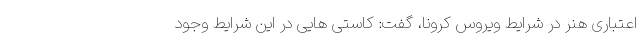
اعتباری هنر در شرایط ویروس کرونا، گفت: کاستی هایی در این شرایط وجود